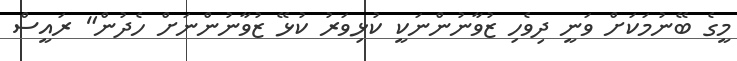
މީގެ ބޭނުމަކަށް ވަނީ ދިވެހި ޒުވާނުންނަކީ ކުޅިވަރު ކުޅޭ ޒުވާނުންނަށް ހެދުން" ރައީސް